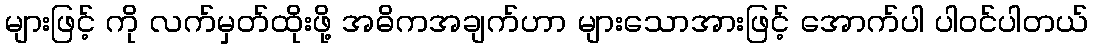
များဖြင့် ကို လက်မှတ်ထိုးဖို့ အဓိကအချက်ဟာ များသောအားဖြင့် အောက်ပါ ပါဝင်ပါတယ်